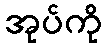
အုပ်ကို